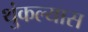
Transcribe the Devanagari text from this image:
थुंकल्यास